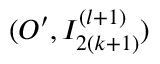
( O ^ { \prime } , I _ { 2 ( k + 1 ) } ^ { ( l + 1 ) } )